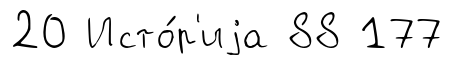
20 Исто́р'иjа 88 177